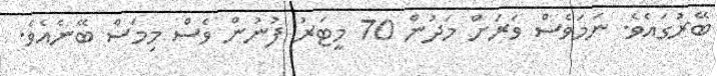
ބޭރުގައެވެ. ނަމަވެސް ވަރަށް މަދުން 70 މީޓަރު ފުނުން ވެސް މިމަސް ބޭނެއެވެ.